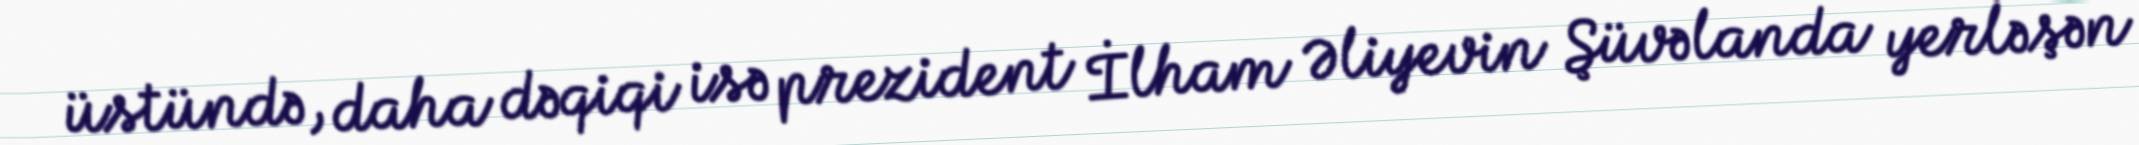
üstündə, daha dəqiqi isə prezident İlham Əliyevin Şüvəlanda yerləşən